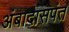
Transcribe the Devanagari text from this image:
अंबादासपंत